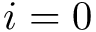
i = 0